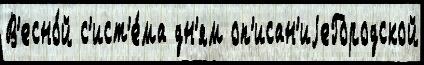
В'есно́й с'ист'е́ма дн'ям оп'исан'иjеГородской